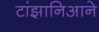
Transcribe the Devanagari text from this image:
टांझानिआने